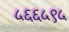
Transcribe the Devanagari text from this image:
५६६५९५